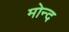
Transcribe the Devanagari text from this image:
मोन्‍द